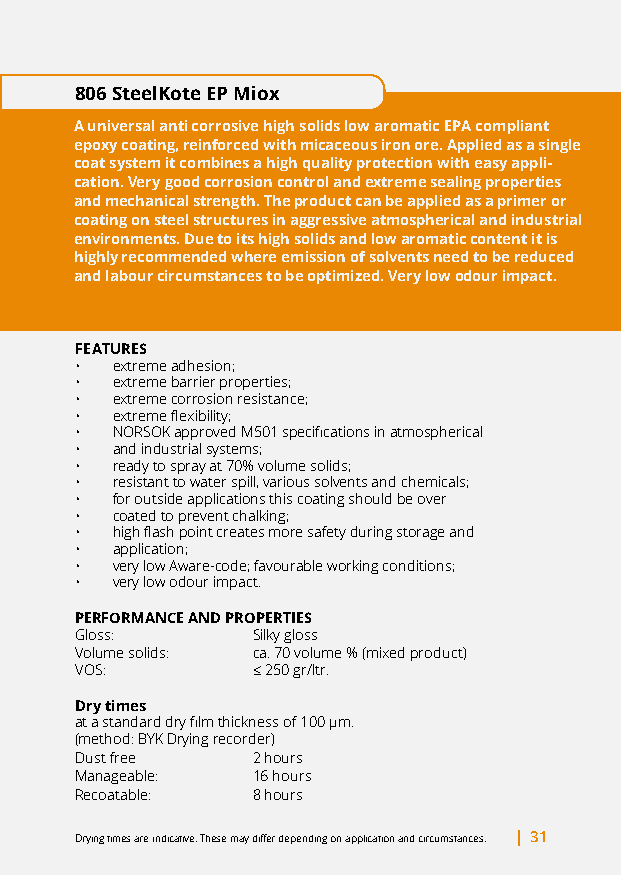
806 SteelKote EP Miox
 A universal anti corrosive high solids low aromatic EPA compliant
 epoxy coating, reinforced with micaceous iron ore. Applied as a single
 coat system it combines a high quality protection with easy appli-
 cation. Very good corrosion control and extreme sealing properties
 and mechanical strength. The product can be applied as a primer or
 coating on steel structures in aggressive atmospherical and industrial
 environments. Due to its high solids and low aromatic content it is
 highly recommended where emission of solvents need to be reduced
 and labour circumstances to be optimized. Very low odour impact.
 FEATURES
 • extreme adhesion;
 • extreme barrier properties;
 • extreme corrosion resistance;
 • extreme flexibility;
 • NORSOK approved M501 specifications in atmospherical
 • and industrial systems;
 • ready to spray at 70% volume solids;
 • resistant to water spill, various solvents and chemicals;
 • for outside applications this coating should be over
 • coated to prevent chalking;
 • high flash point creates more safety during storage and
 • application;
 • very low Aware-code; favourable working conditions;
 • very low odour impact.
 PERFORMANCE AND PROPERTIES
 Gloss:      Silky gloss
 Volume solids: ca. 70 volume % (mixed product)
 VOS:        ≤ 250 gr/ltr.
 Dry times
 at a standard dry film thickness of 100 μm.
 (method: BYK Drying recorder)
 Dust free   2 hours
 Manageable: 16 hours
 Recoatable: 8 hours
 Drying times are indicative. These may differ depending on application and circumstances. | 31